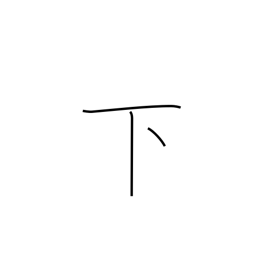
Meaning: down